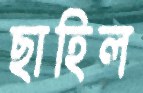
ছাহিল